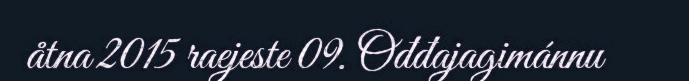
åtna 2015 raejeste 09. Ođđajagimánnu